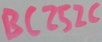
Text: BC252C